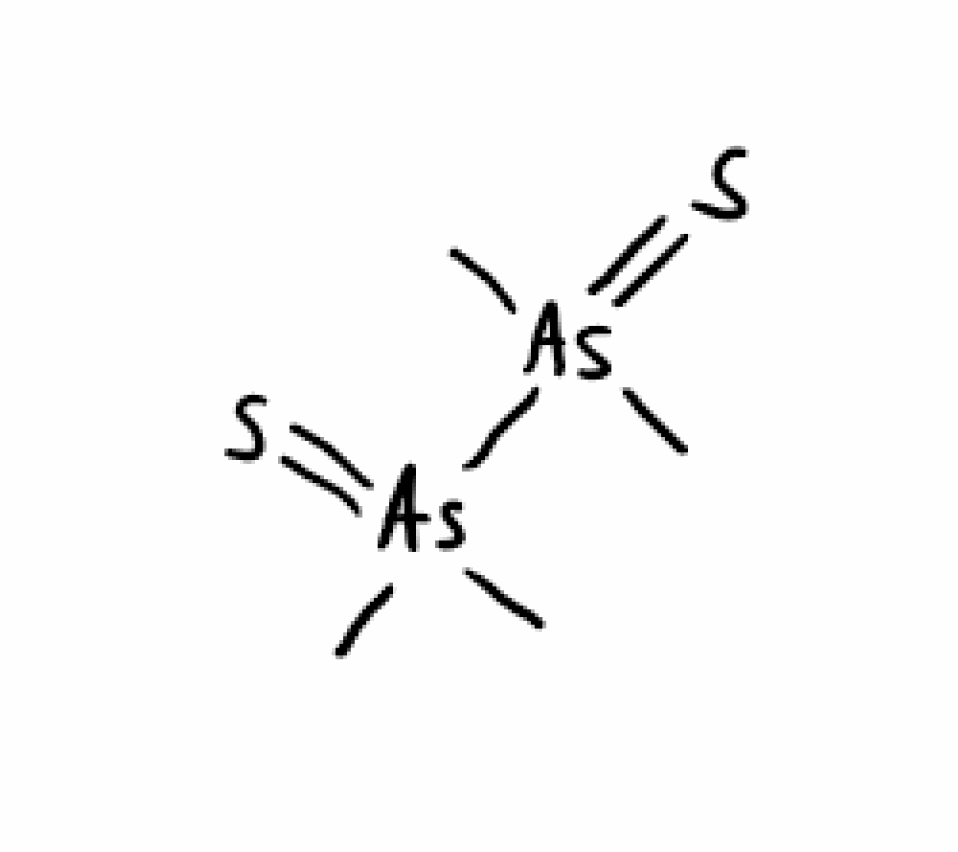
Simplified molecular-input line-entry system (SMILES) notation of the given molecule:
C[As](=S)(C)[As](=S)(C)C